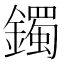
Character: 鐲